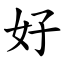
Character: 好